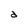
Character: d